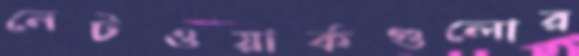
নেটওয়ার্কগুলোর